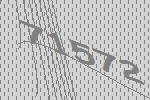
71572